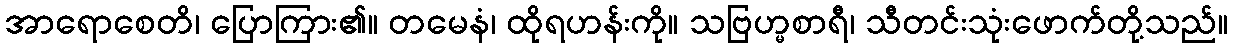
အာရောစေတိ၊ ပြောကြား၏။ တမေနံ၊ ထိုရဟန်းကို။ သဗြဟ္မစာရီ၊ သီတင်းသုံးဖောက်တို့သည်။